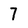
Character: 7